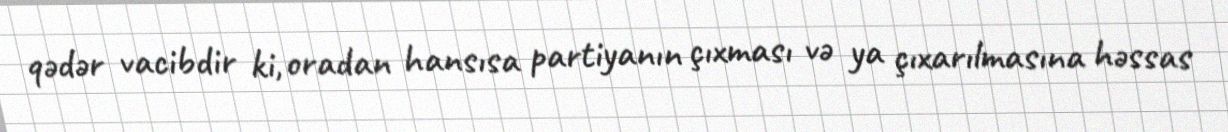
qədər vacibdir ki, oradan hansısa partiyanın çıxması və ya çıxarılmasına həssas